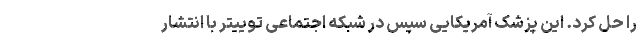
را حل کرد. این پزشک آمریکایی سپس در شبکه اجتماعی توییتر با انتشار